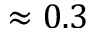
\approx 0 . 3